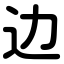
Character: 边